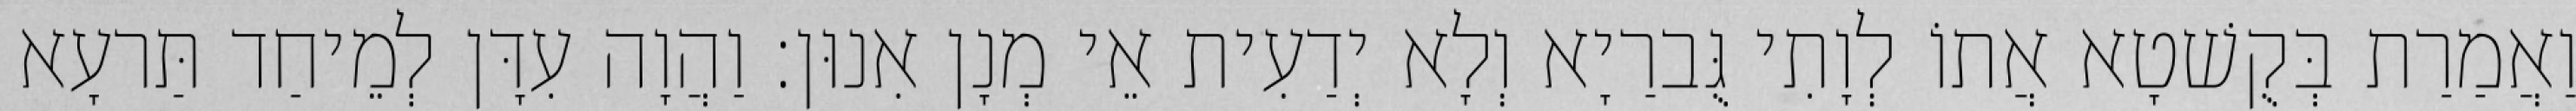
וַאֲמַרַת בְּקֻשׁטָא אֲתוֹ לְוָתִי גֻּברַיָא וְלָא יְדַעִית אֵי מְנָן אִנוּן׃ וַהֲוָה עִדָּן לְמֵיחַד תַּרעָא